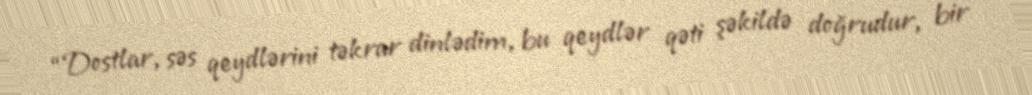
“Dostlar, səs qeydlərini təkrar dinlədim, bu qeydlər qəti şəkildə doğrudur, bir